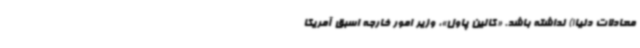
معادلات دنیا!) نداشته باشد. «کالین پاول»، وزیر امور خارجه اسبق آمریکا